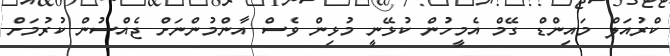
ކްރުއަލް މައިންޑް ގޭމް އެމީހުން ކުޅޭނީ މުޅިން ވެސް އާންމުންނަށް ޖެއްސުން ކުރުމަށް